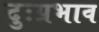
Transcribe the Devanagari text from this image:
दुःप्रभाव